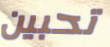
تحبين